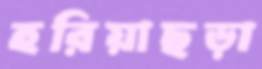
হরিয়াছড়া